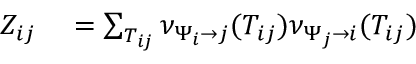
\begin{array} { r } { \begin{array} { r l } { Z _ { i j } } & { { } = \sum _ { T _ { i j } } \nu _ { \Psi _ { i } \to j } ( T _ { i j } ) \nu _ { \Psi _ { j } \to i } ( T _ { i j } ) } \end{array} } \end{array}